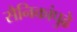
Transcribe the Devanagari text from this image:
सैनिकांपुढे